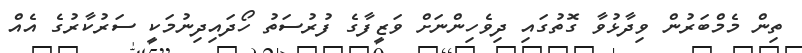
ތިން މެމްބަރުން ވިދާޅުވާ ގޮތުގައި ދިވެހިންނަށް ވަޒީފާގެ ފުރުސަތު ހޯދައިދިނުމަކީ ސަރުކާރުގެ އެއް